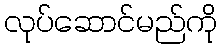
လုပ်ဆောင်မည်ကို